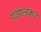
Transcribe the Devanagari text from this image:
गझलकर